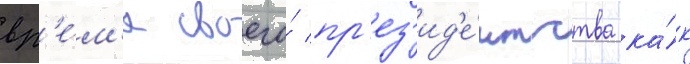
вр'е́м'я своего́ пр'ез'ид'е́нтства ка́к